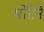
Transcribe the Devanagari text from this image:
मोंटेने